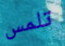
تلمس